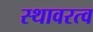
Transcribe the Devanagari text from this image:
स्थावरत्व